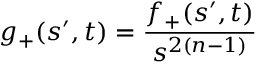
g _ { + } ( s ^ { \prime } , t ) = \frac { f _ { + } ( s ^ { \prime } , t ) } { s ^ { 2 ( n - 1 ) } }